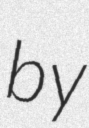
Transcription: by